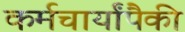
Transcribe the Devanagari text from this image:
कर्मचार्यांपैकी